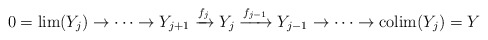
\begin{align*}0 =\lim(Y_j)\to\cdots \to Y_{j+1} \xrightarrow{f_{j}} Y_{j} \xrightarrow{f_{j-1}}Y_{j-1}\to \cdots\to \mathrm{colim}(Y_j)=Y\end{align*}